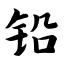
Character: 铅